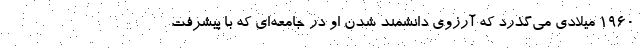
1960 میلادی می‌گذرد که آرزوی دانشمند شدن او در جامعه‌ای که با پیشرفت